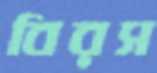
বিরস